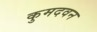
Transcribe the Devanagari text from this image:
कुमदवन